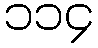
၁၁၄